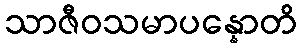
သာဇီဝသမာပန္နောတိ